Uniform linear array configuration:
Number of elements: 48
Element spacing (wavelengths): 1
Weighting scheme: cosine
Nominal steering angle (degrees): -15
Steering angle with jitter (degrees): -13.049
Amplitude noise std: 0.05
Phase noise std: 0.05

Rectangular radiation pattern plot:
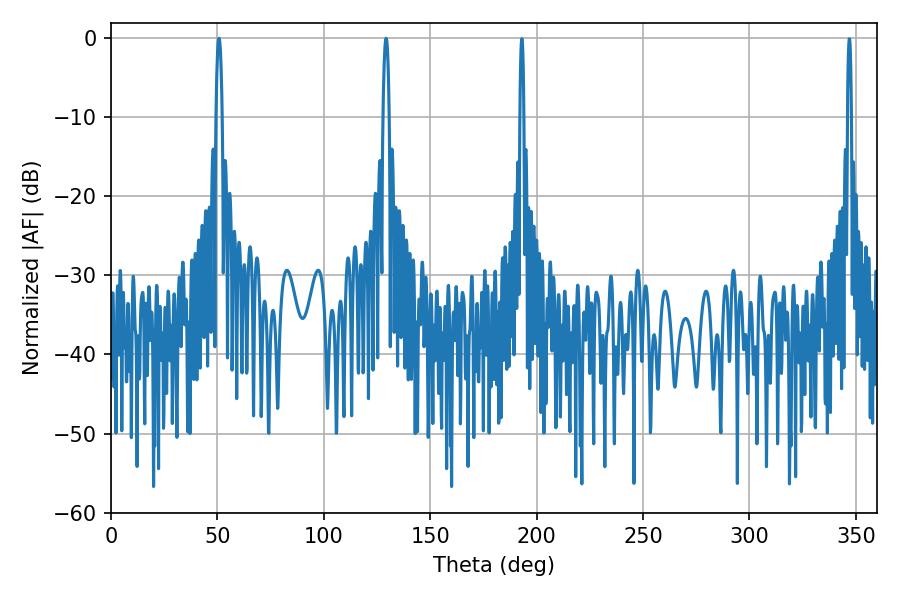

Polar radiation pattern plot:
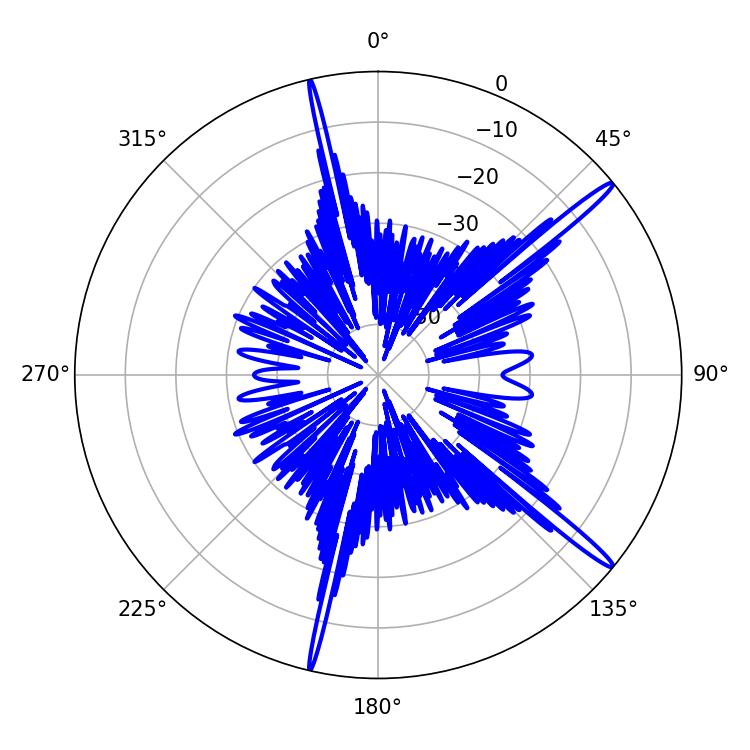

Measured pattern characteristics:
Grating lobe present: TRUE
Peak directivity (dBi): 16.825
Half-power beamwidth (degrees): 1.44
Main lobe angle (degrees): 50.76